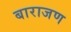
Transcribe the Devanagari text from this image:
बाराजण